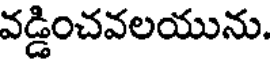
వడ్డించవలయును.